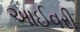
આઈવરી